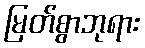
မြတ်စွာဘုရား